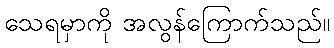
သေရမှာကို အလွန်ကြောက်သည်။